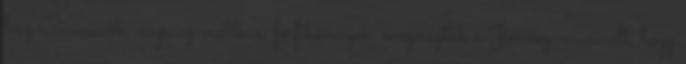
lesz Ciciviccek, csupasz mellkas, férfikönnyek: megnéztük a Jimmy-musicalt, hogy